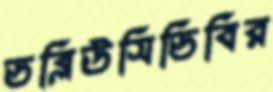
ডব্লিউসিডিবির